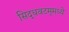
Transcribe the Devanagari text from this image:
सिद्धवटम्‌मध्ये